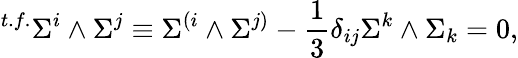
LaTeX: {}^{t.f.}\Sigma^{i}\wedge\Sigma^{j}\equiv\Sigma^{(i}\wedge\Sigma^{j)}-{\frac{1}{3}}\delta_{ij}\Sigma^{k}\wedge\Sigma_{k}=0,